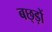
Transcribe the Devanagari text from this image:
बछ्ड़ों